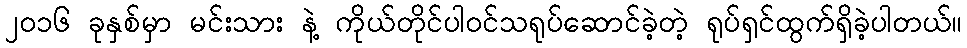
၂၀၁၆ ခုနှစ်မှာ မင်းသား နဲ့ ကိုယ်တိုင်ပါဝင်သရုပ်ဆောင်ခဲ့တဲ့ ရုပ်ရှင်ထွက်ရှိခဲ့ပါတယ်။